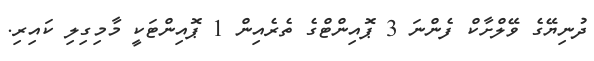
ދުނިޔޭގެ ވޭލްށާކް ފެންނަ 3 ޕޮއިންޓްގެ ތެރެއިން 1 ޕޮއިންޓަކީ މާމިގިލި ކައިރި.